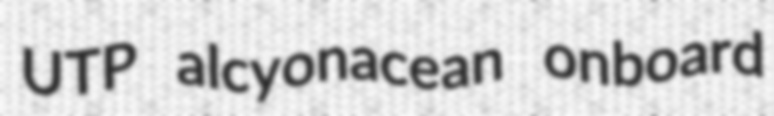
UTP alcyonacean onboard